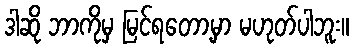
ဒါဆို ဘာကိုမှ မြင်ရတော့မှာ မဟုတ်ပါဘူး။